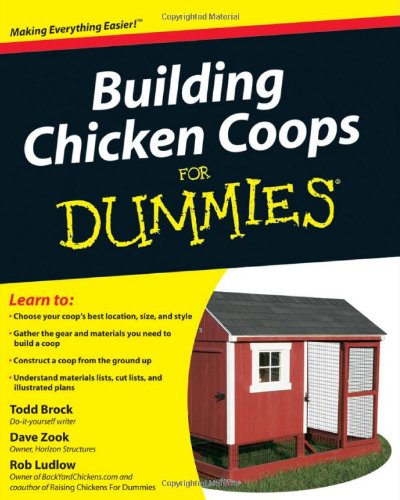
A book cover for Building Chicken Coops For Dummies; Todd Brock; Science & Math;